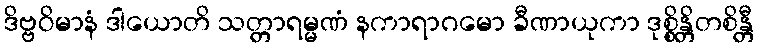
ဒိဗ္ဗဝိမာနံ ဒါယောတိ သတ္တာရမ္မဏံ နကာရာဂမော ခီဏာယုကာ ဒုစ္စိန္တိတစိန္တီ